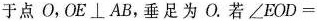
于点O，OE\bot AB，垂足为O。若$$∠ E O D =